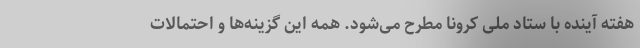
هفته آینده با ستاد ملی کرونا مطرح می‌شود. همه این گزینه‌ها و احتمالات